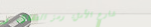
شارع الأمل: رمز التفاؤل و